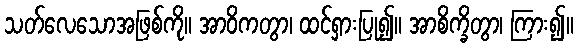
သတ်လေသောအဖြစ်ကို။ အာဝိကတွာ၊ ထင်ရှားပြု၍။ အာစိက္ခိတွာ၊ ကြား၍။